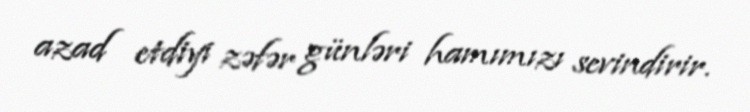
azad etdiyi zəfər günləri hamımızı sevindirir.